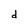
Character: d